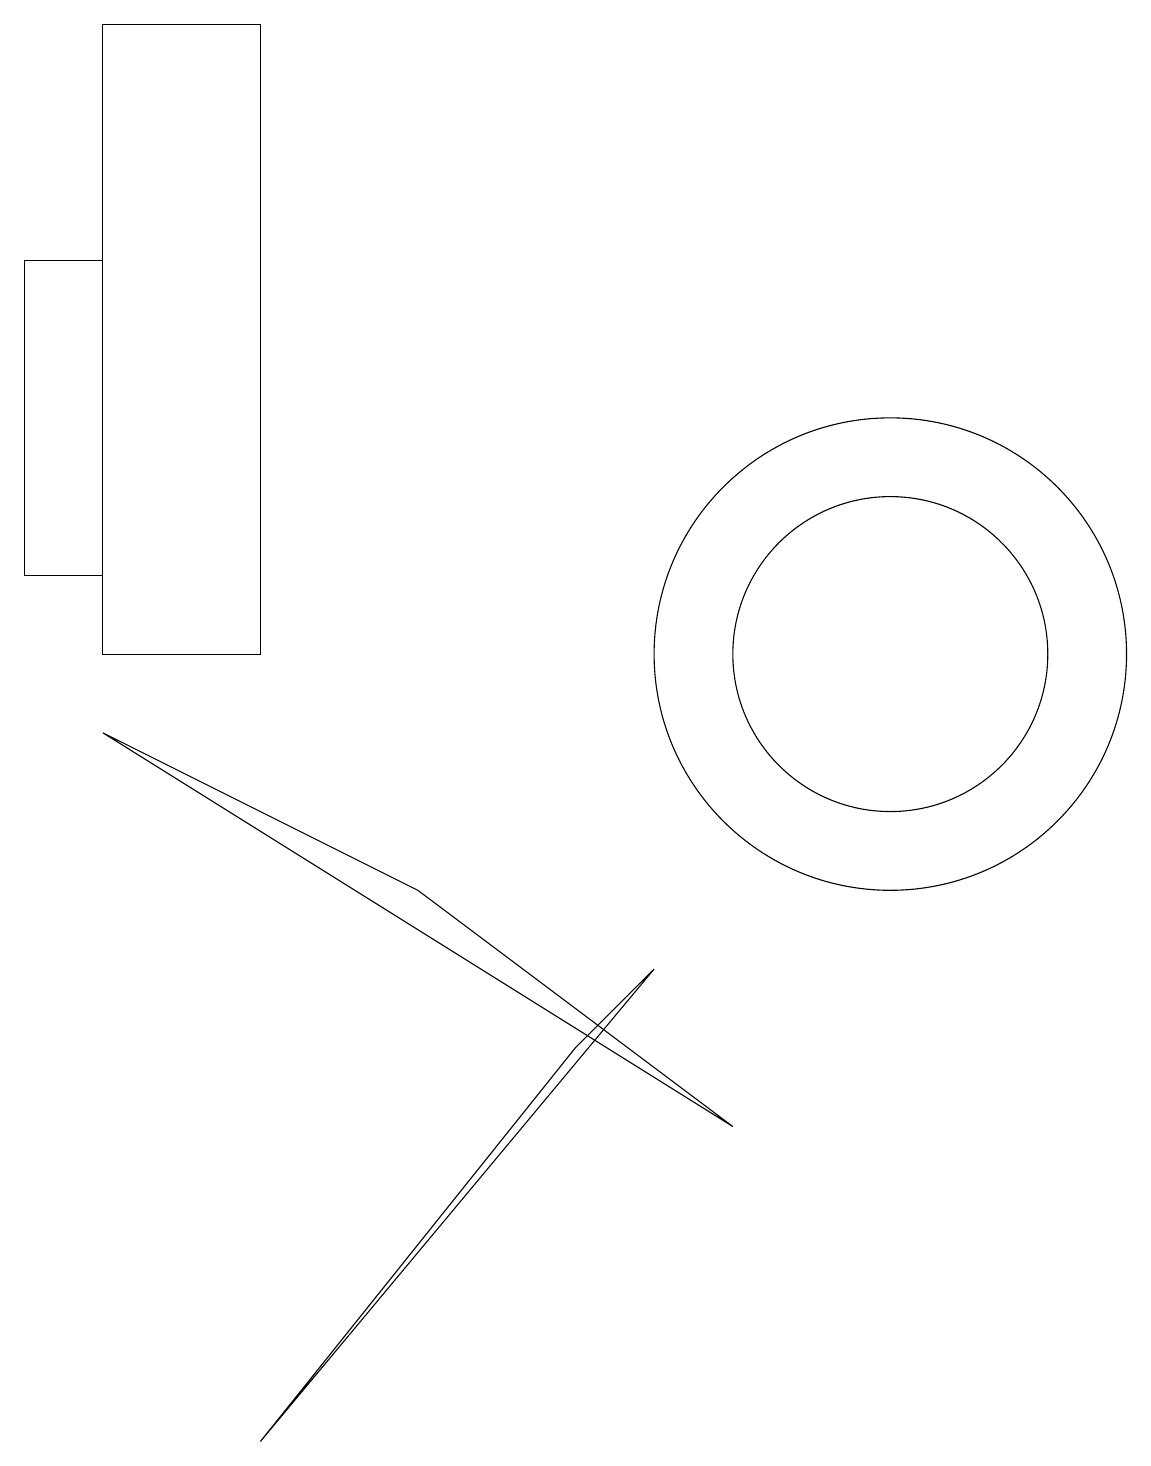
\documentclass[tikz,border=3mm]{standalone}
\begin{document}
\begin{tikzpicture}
\draw (1,18) rectangle (3,10);
\draw (11,10) circle (3);
\draw (5,7) -- (9,4) -- (1,9) -- cycle;
\draw (11,10) circle (2);
\draw (8,6) -- (7,5) -- (3,0) -- cycle;
\draw (0,15) rectangle (1,11);
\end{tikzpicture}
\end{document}